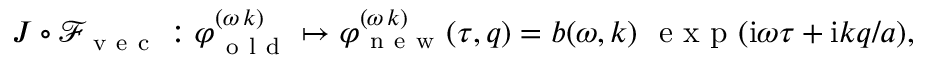
\begin{array} { r } { J \circ \mathcal { F } _ { \mathrm { ~ v ~ e ~ c ~ } } : \varphi _ { \mathrm { ~ o ~ l ~ d ~ } } ^ { ( \omega \, k ) } \mapsto \varphi _ { \mathrm { ~ n ~ e ~ w ~ } } ^ { ( \omega \, k ) } ( \tau , q ) = b ( \omega , k ) \ \mathrm { ~ e ~ x ~ p ~ } ( \mathrm { i } \omega \tau + \mathrm { i } k q / a ) , } \end{array}